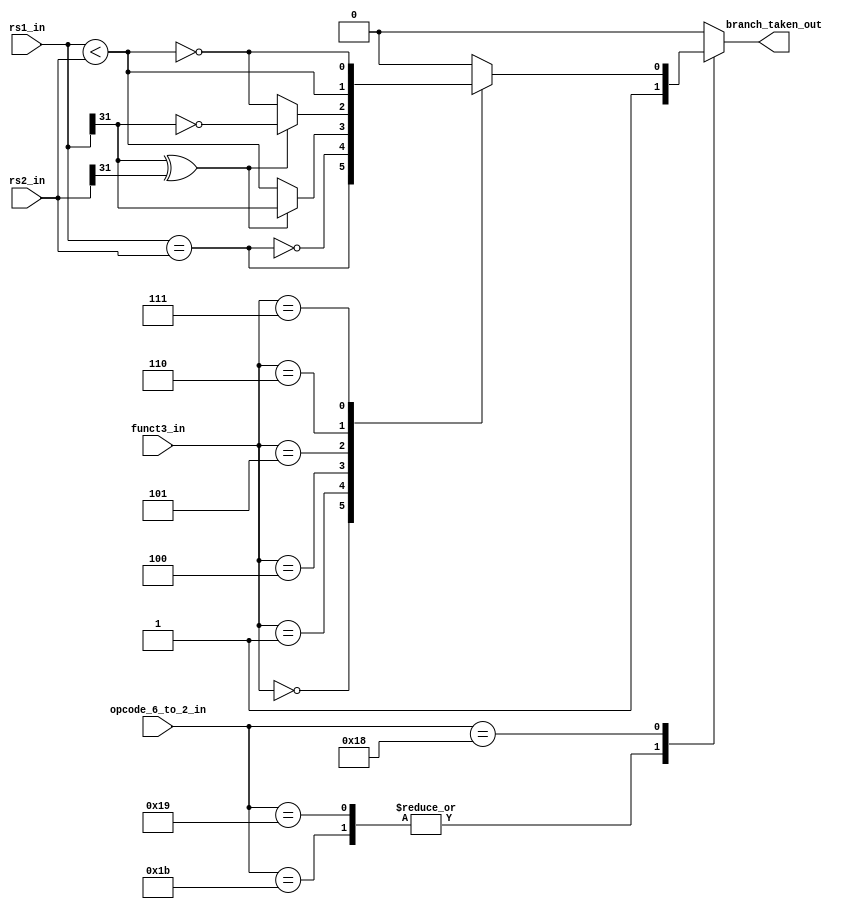
module msrv32_bu(
                   input [6:2] opcode_6_to_2_in,
                   input [2:0] funct3_in,
                   input [31:0] rs1_in, rs2_in,
                   output reg branch_taken_out
                  );

parameter OPCODE_BRANCH = 5'b11000;
parameter OPCODE_JAL = 5'b11011;
parameter OPCODE_JALR = 5'b11001;

    reg take;

    always @(*) 
    begin
        case (funct3_in)
            3'b000: take = (rs1_in == rs2_in);
            3'b001: take = !(rs1_in == rs2_in);
            3'b100: take = rs1_in[31] ^ rs2_in[31] ? rs1_in[31] : (rs1_in < rs2_in);
            3'b101: take = rs1_in[31] ^ rs2_in[31] ? ~rs1_in[31] : !(rs1_in < rs2_in);
            3'b110: take = (rs1_in < rs2_in);
            3'b111: take = !(rs1_in < rs2_in);
            default: take = 1'b0;
        endcase
    end

    always @(*) 
    begin
        case (opcode_6_to_2_in [6:2])
            OPCODE_JAL : branch_taken_out = 1'b1; // JAL
            OPCODE_JALR: branch_taken_out = 1'b1; // JALR
            OPCODE_BRANCH: branch_taken_out = take; // BRANCH
            default: branch_taken_out = 1'b0;
        endcase
    end

endmodule